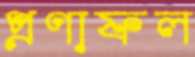
প্রণাফল